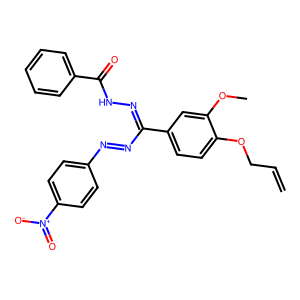
SMILES: C=CCOc1ccc(C(N=Nc2ccc([N+](=O)[O-])cc2)=NNC(=O)c2ccccc2)cc1OC
Inhibits HIV replication: No